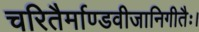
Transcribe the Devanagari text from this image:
चरितैर्माण्डवीजानिगीतैः।